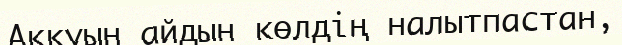
Аққуын айдын көлдің налытпастан,